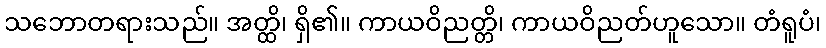
သဘောတရားသည်။ အတ္ထိ၊ ရှိ၏။ ကာယဝိညတ္တိ၊ ကာယဝိညတ်ဟူသော။ တံရူပံ၊